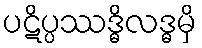
ပဋိပ္ပဿဒ္ဓိလဒ္ဓမှိ